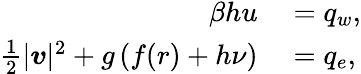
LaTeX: \begin{array}{rl}{\beta hu}&{{}=q_{w},}\\ {\frac{1}{2}|\boldsymbol{v}|^{2}+g\left(f(r)+h\nu\right)}&{{}=q_{e},}\end{array}